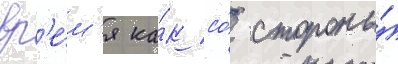
вр'е́м'я ка́к со́ стороны́